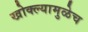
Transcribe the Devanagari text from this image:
खोक्ल्यामुळेच